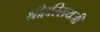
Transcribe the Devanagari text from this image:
श्रीहरिरायजी